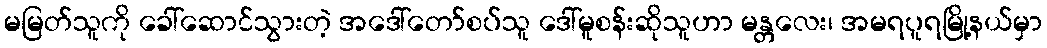
မမြတ်သူကို ခေါ်ဆောင်သွားတဲ့ အဒေါ်တော်စပ်သူ ဒေါ်မူစန်းဆိုသူဟာ မန္တလေး၊ အမရပူရမြို့နယ်မှာ